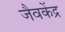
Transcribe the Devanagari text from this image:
जैवकेंद्र